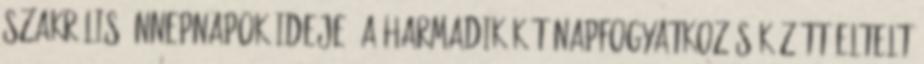
szakrális ünnepnapok ideje, a harmadik két napfogyatkozás között eltelt